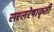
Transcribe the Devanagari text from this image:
सरलरेषाकृती